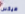
هيكس